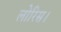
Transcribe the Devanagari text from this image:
लोरिस।